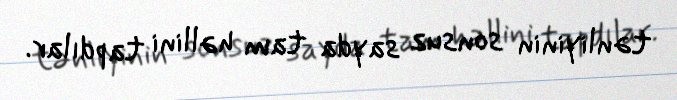
tənliyinin sonsuz sayda tam həllini tapdılar.